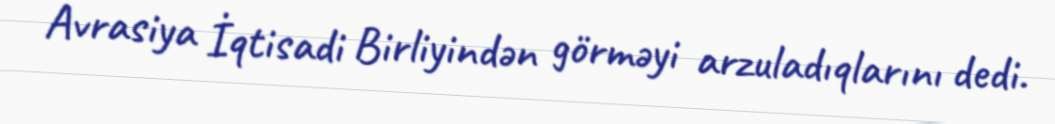
Avrasiya İqtisadi Birliyindən görməyi arzuladıqlarını dedi.